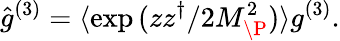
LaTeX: \hat{g}^{(3)}=\langle\exp{(zz^{\dagger}/2M_{\P}^{2})}\rangle g^{(3)}.